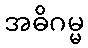
အဓိဂမ္မ